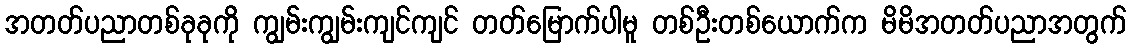
အတတ်ပညာတစ်ခုခုကို ကျွမ်းကျွမ်းကျင်ကျင် တတ်မြောက်ပါမူ တစ်ဦးတစ်ယောက်က မိမိအတတ်ပညာအတွက်